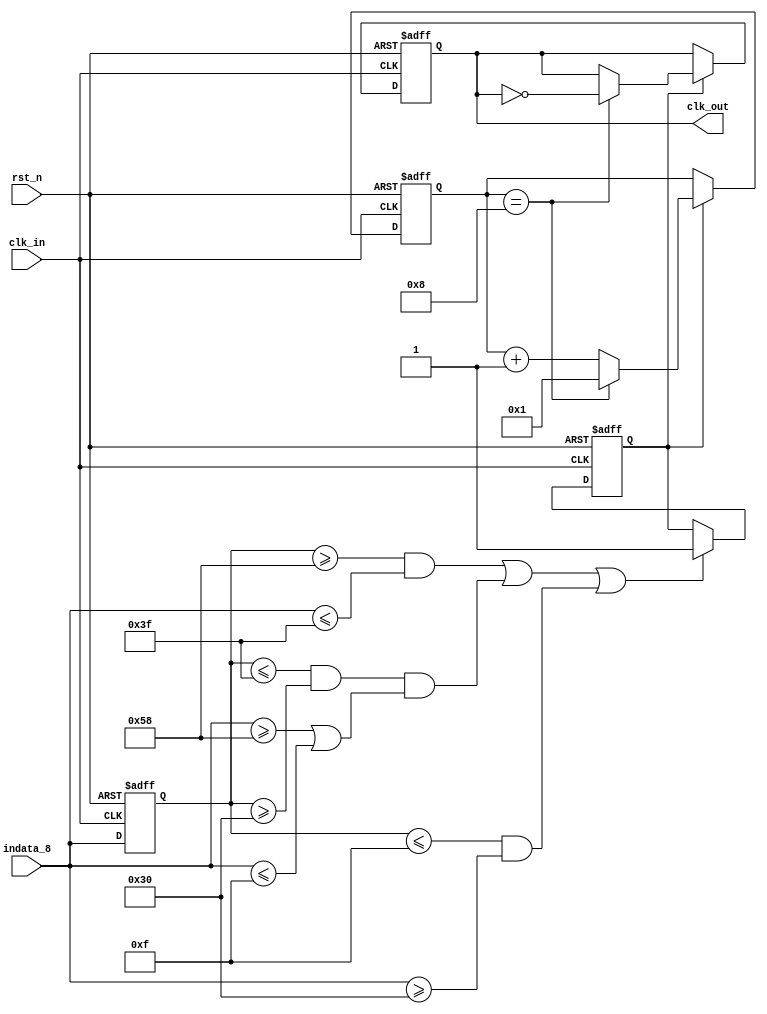
module recover(clk_in, rst_n, indata_8, clk_out);

input clk_in, rst_n;
input [7:0]indata_8;
output reg clk_out;
reg [3:0]counter;
reg [7:0]buffer;
reg flag;

always @(posedge clk_in or negedge rst_n) begin
    // bufferbuffer
    if(!rst_n) buffer<=8'b0;
    else buffer<=indata_8;
end


always @(posedge clk_in or negedge rst_n) begin
    if(!rst_n) begin
    // 
        clk_out<=0;
        flag <=0;
        counter <=1;
    end
    else begin
        /*if ((buffer[7] == 1'b0&&buffer[6] == 1'b1&&(indata_8 ==1'b1 || indata_8 ==1'b0)) || 
            (buffer[7] == 1'b1 &&indata_8[7]!=1'b1)||
            (buffer[7] == 1'b0&&buffer[6]==1'b0&&(indata_8[7]==1'b1||indata_8[6]==1'b1))) flag<= 1;    */
            // ADAD8'h80,8'hff8'h00
            // 
        if ((buffer >= 8'h58 && indata_8 <=8'h3f) || (buffer <=8'h3f && buffer >= 8'h30 && (indata_8 >= 8'h58 || indata_8 <= 8'h0f)) || 
                (buffer <= 8'h0f && indata_8 >= 8'h30)) flag<= 1;
        if(flag == 1) begin
            if (counter==4'h8) begin
            // 8
                clk_out=~clk_out;
                counter<=1;
            end    
            else begin
            // 8
                counter <= counter+1;
            end
        end
    end
end

endmodule